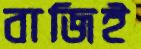
বাজিই